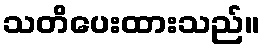
သတိပေးထားသည်။